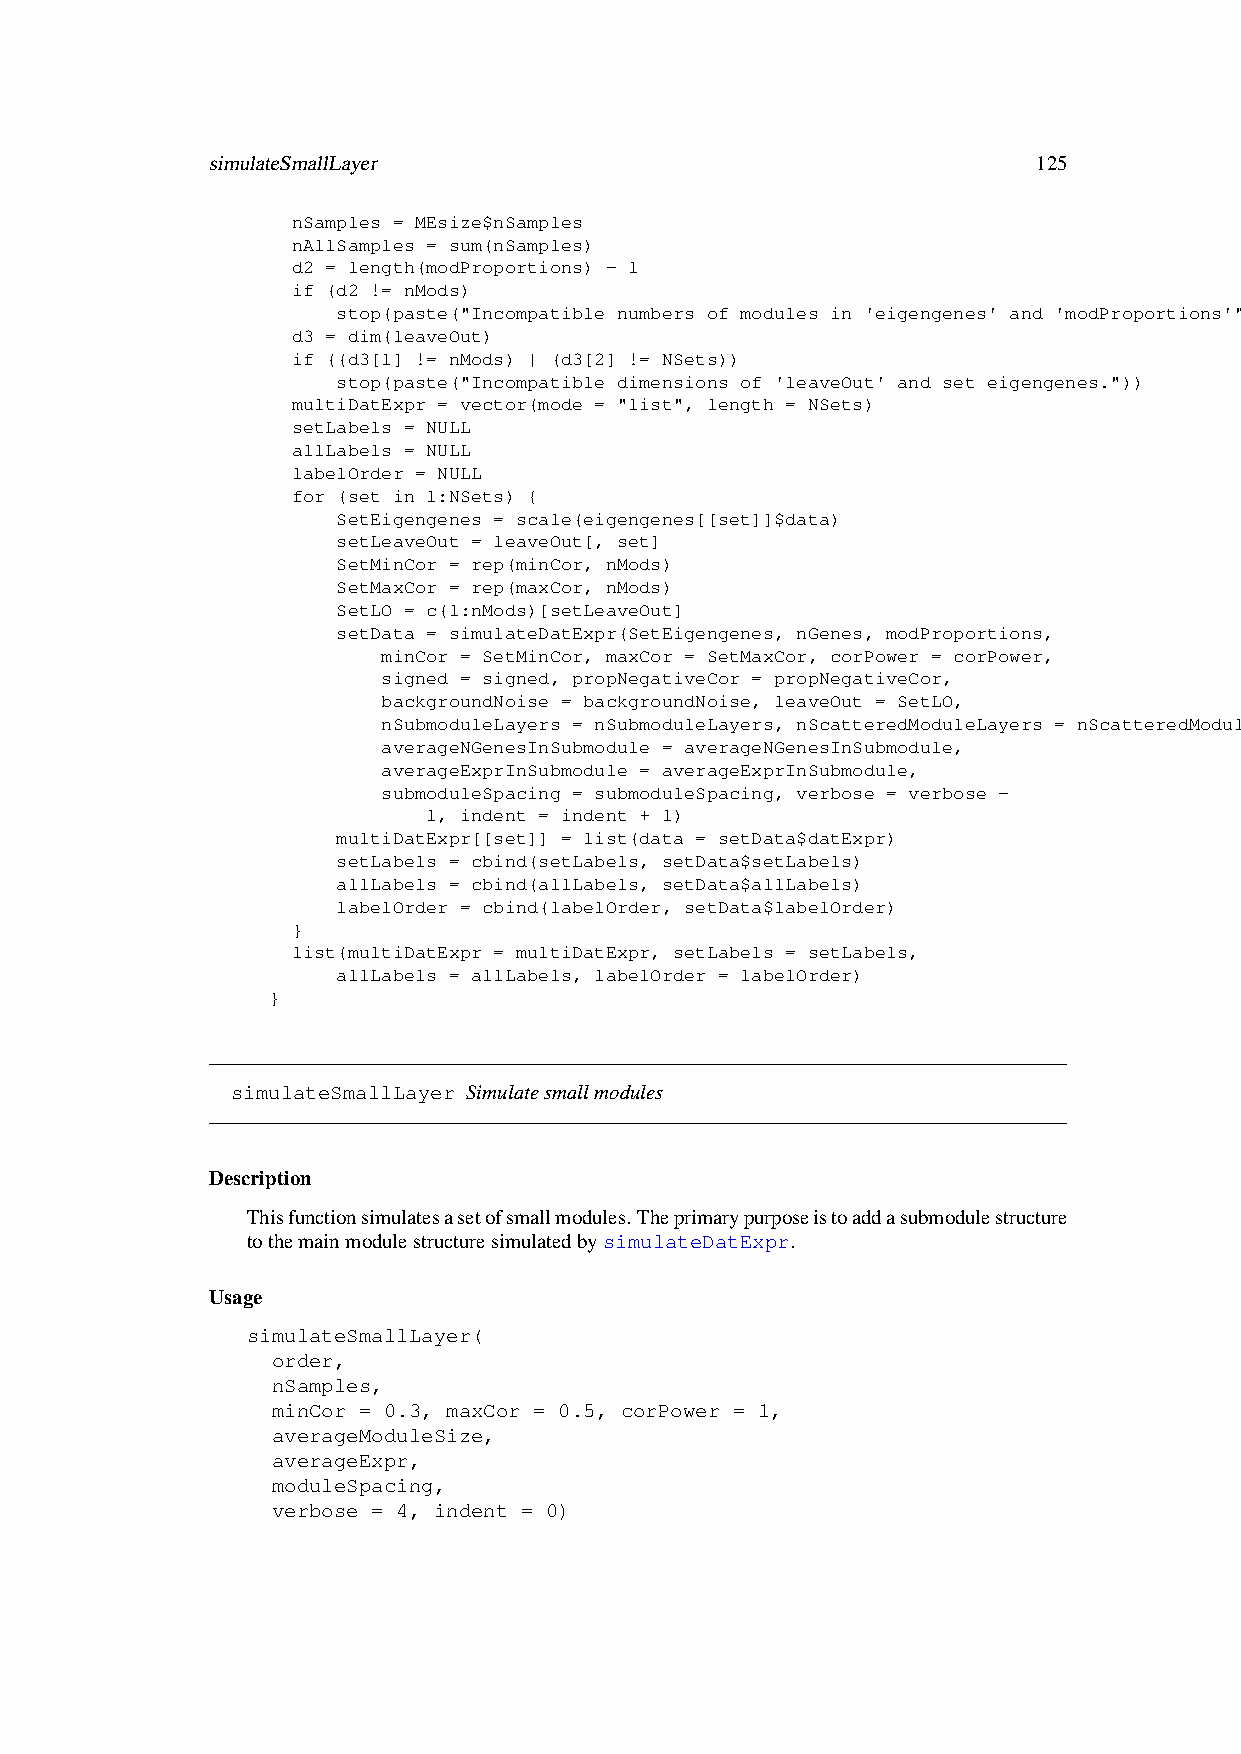
simulateSmallLayer                                     125
 nSamples = MEsize$nSamples
 nAllSamples = sum(nSamples)
 d2 = length(modProportions) - 1
 if (d2 != nMods)
 stop(paste("Incompatible numbers of modules in 'eigengenes' and 'modProportions'"))
 d3 = dim(leaveOut)
 if ((d3[1] != nMods) | (d3[2] != NSets))
 stop(paste("Incompatible dimensions of 'leaveOut' and set eigengenes."))
 multiDatExpr = vector(mode = "list", length = NSets)
 setLabels = NULL
 allLabels = NULL
 labelOrder = NULL
 for (set in 1:NSets) {
 SetEigengenes = scale(eigengenes[[set]]$data)
 setLeaveOut = leaveOut[, set]
 SetMinCor = rep(minCor, nMods)
 SetMaxCor = rep(maxCor, nMods)
 SetLO = c(1:nMods)[setLeaveOut]
 setData = simulateDatExpr(SetEigengenes, nGenes, modProportions,
 minCor = SetMinCor, maxCor = SetMaxCor, corPower = corPower,
 signed = signed, propNegativeCor = propNegativeCor,
 backgroundNoise = backgroundNoise, leaveOut = SetLO,
 nSubmoduleLayers = nSubmoduleLayers, nScatteredModuleLayers = nScatteredModuleLayers,
 averageNGenesInSubmodule = averageNGenesInSubmodule,
 averageExprInSubmodule = averageExprInSubmodule,
 submoduleSpacing = submoduleSpacing, verbose = verbose -
 1, indent = indent + 1)
 multiDatExpr[[set]] = list(data = setData$datExpr)
 setLabels = cbind(setLabels, setData$setLabels)
 allLabels = cbind(allLabels, setData$allLabels)
 labelOrder = cbind(labelOrder, setData$labelOrder)
 }
 list(multiDatExpr = multiDatExpr, setLabels = setLabels,
 allLabels = allLabels, labelOrder = labelOrder)
 }
 simulateSmallLayer Simulatesmallmodules
 Description
 Thisfunctionsimulatesasetofsmallmodules.Theprimarypurposeistoaddasubmodulestructure
 tothemainmodulestructuresimulatedbysimulateDatExpr.
 Usage
 simulateSmallLayer(
 order,
 nSamples,
 minCor = 0.3, maxCor = 0.5, corPower = 1,
 averageModuleSize,
 averageExpr,
 moduleSpacing,
 verbose = 4, indent = 0)